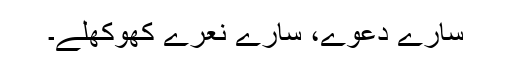
سارے دعوے، سارے نعرے کھوکھلے۔